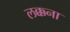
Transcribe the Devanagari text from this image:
लक्कना